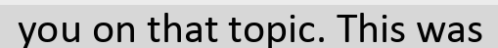
you on that topic. This was